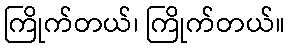
ကြိုက်တယ်၊ ကြိုက်တယ်။